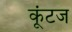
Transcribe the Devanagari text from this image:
कूंटज